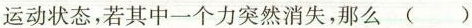
运动状态，若其中一个力突然消失，那么 ()